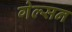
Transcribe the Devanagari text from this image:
गेल्सन